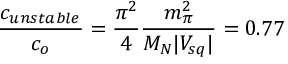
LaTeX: \frac { c _ { u n s t a b l e } } { c _ { o } } = \frac { \pi ^ { 2 } } { 4 } \frac { m _ { \pi } ^ { 2 } } { M _ { N } | V _ { s q } | } = 0 . 7 7